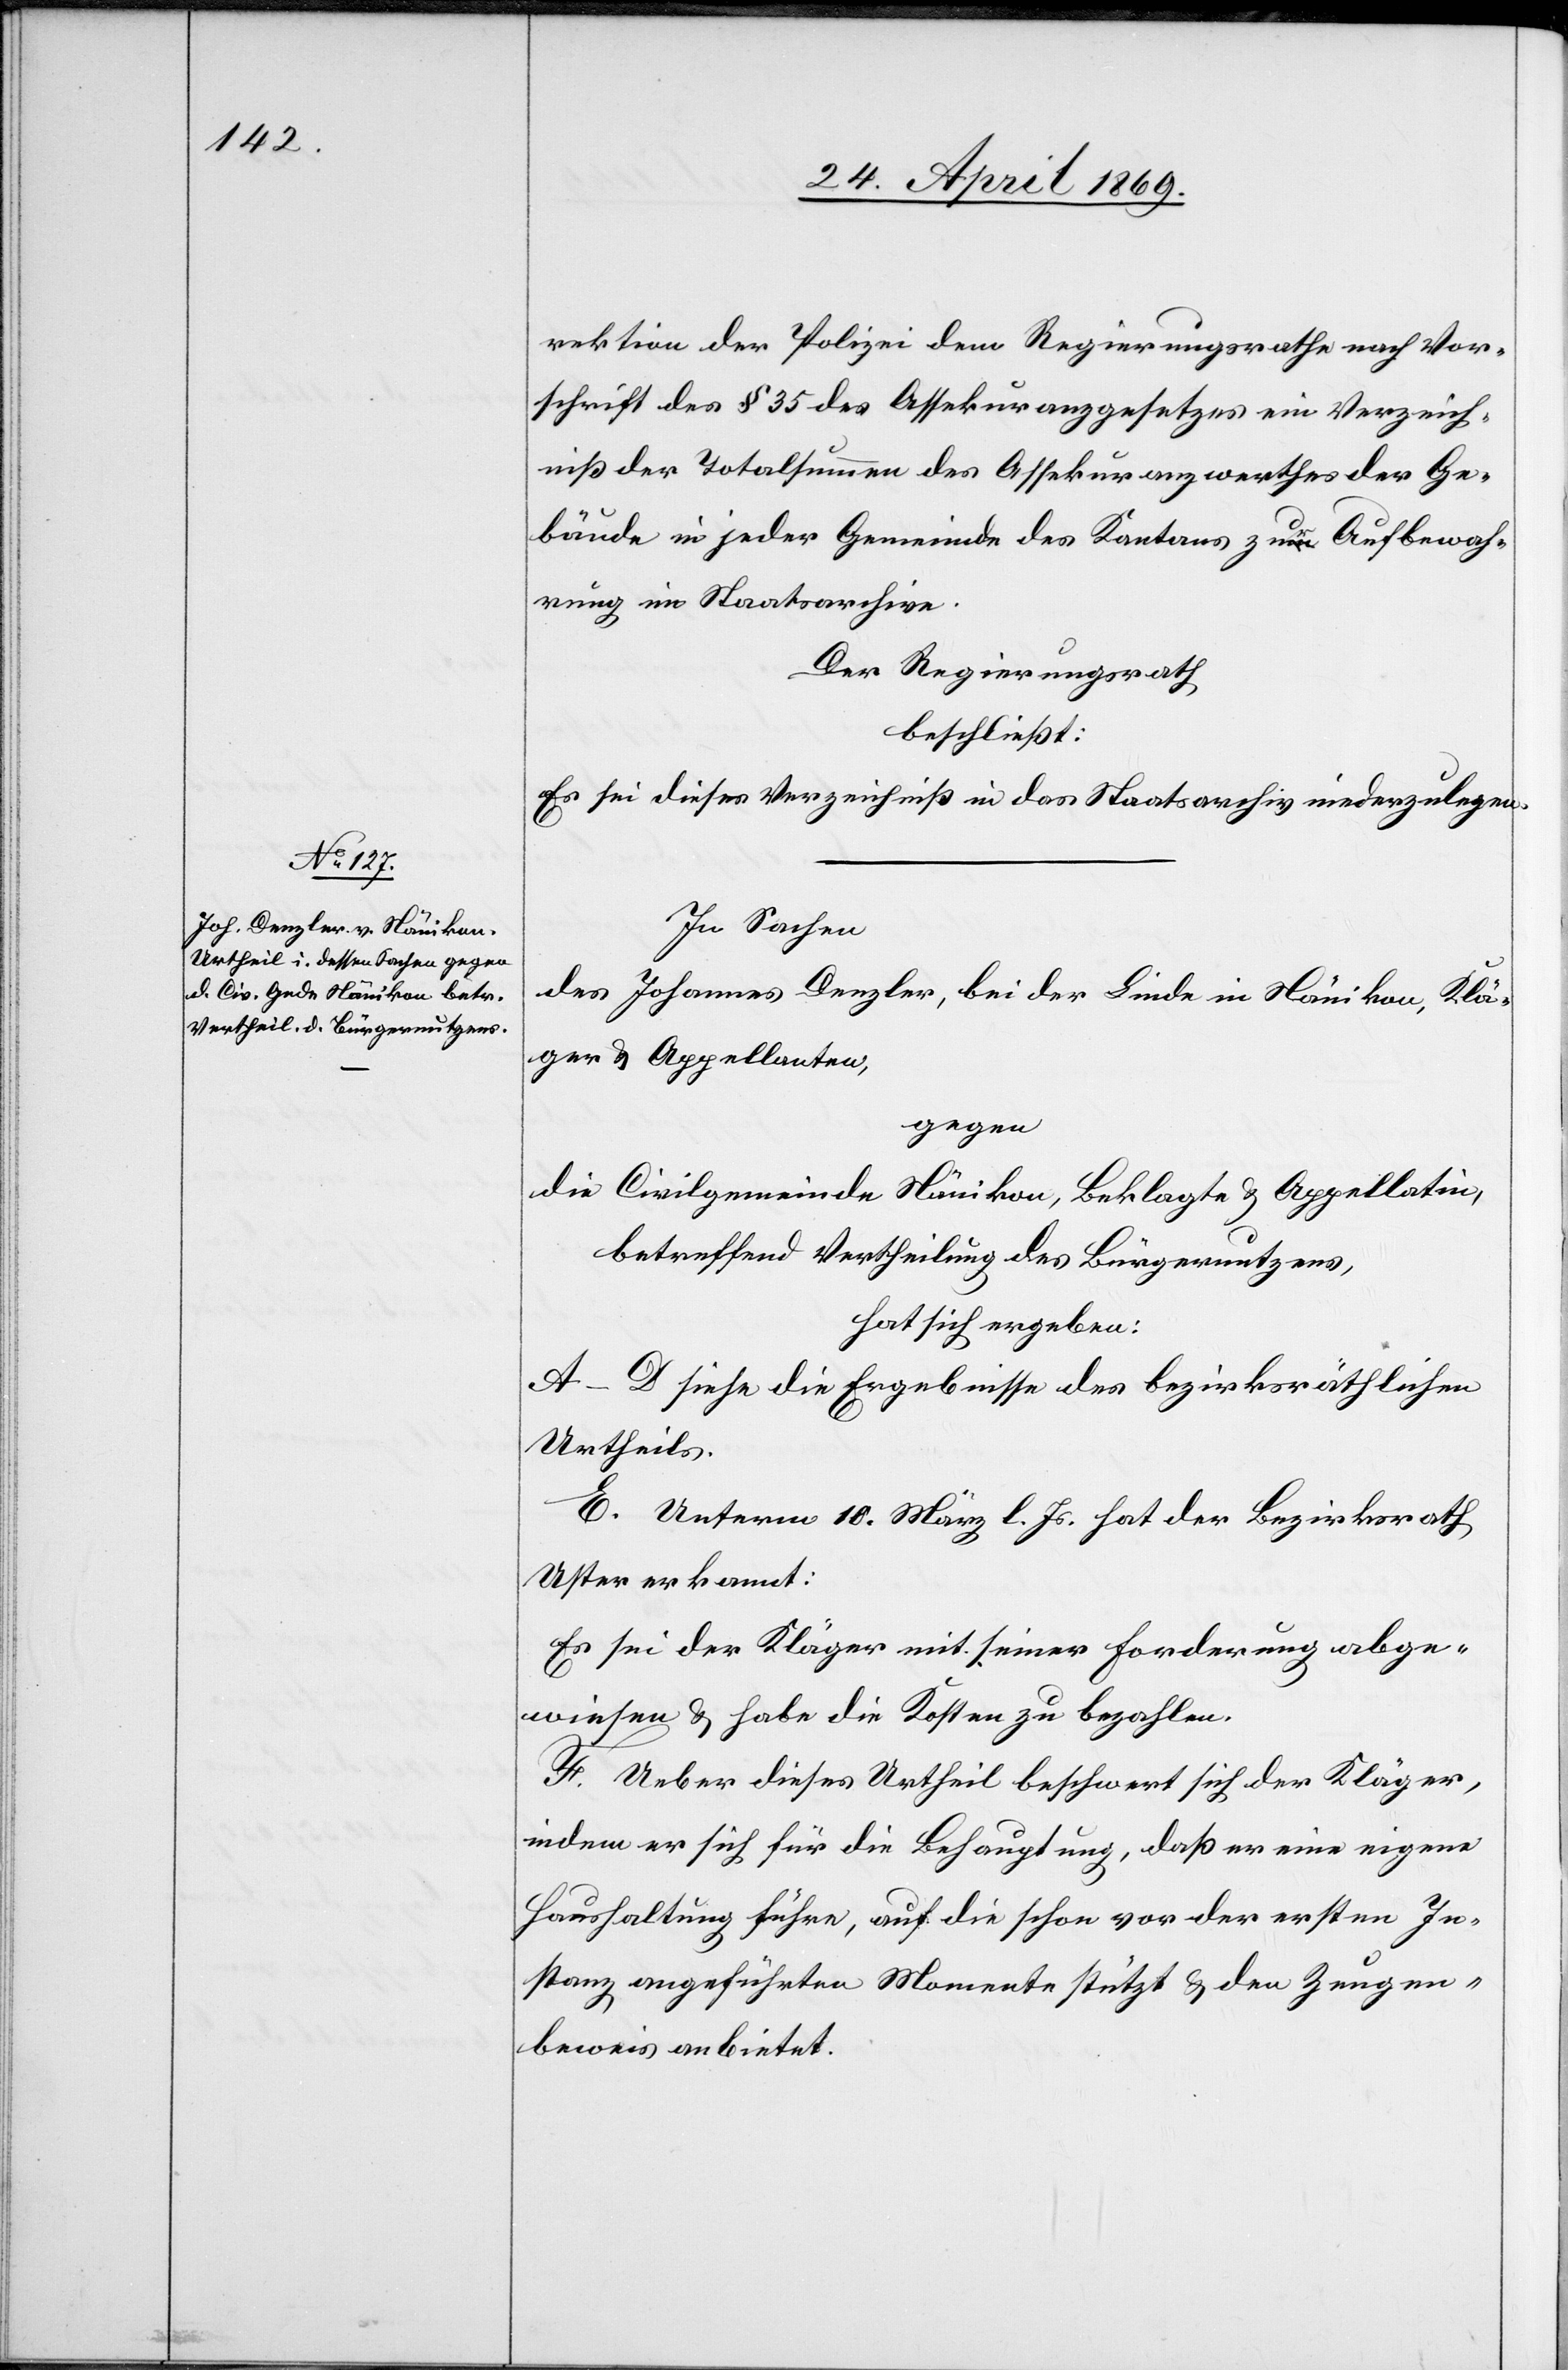
rektion der Polizei dem Regierungsrathe nach Vor¬
schrift des § 35 des Assekuranzgesetzes ein Verzeich¬
niß der Totalsummen des Assekuranzwerthes der Ge¬
bäude in jeder Gemeinde des Kantons zur Aufbewah¬
rung im Staatsarchiv.
Der Regierungsrath
beschließt:
Es sei dieses Verzeichniß in das Staatsarchiv niederzulegen.
In Sachen
des Johannes Denzler, bei der Linde in Nänikon, Klä¬
ger u. Appellanten,
gegen
die Civilgemeinde Nänikon, Beklagte u. Appellatin,
betreffend Vertheilung des Bürgernutzens,
hat sich ergeben:
A–D. siehe die Ergebnisse des bezirksräthlichen
Urtheils.
E. Unterm 10. März l. Js. hat der Bezirksrath
Uster erkannt:
Es sei der Kläger mit seiner Forderung abge¬
wiesen u. habe die Kosten zu bezahlen.
F. Ueber dieses Urtheil beschwert sich der Kläger,
indem er sich für die Behauptung, daß er eine eigene
Haushaltung führe, auf die schon vor der ersten In¬
stanz angeführten Momente stützt u. den Zeugen¬
beweis anbietet.